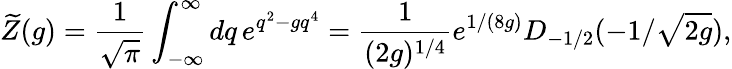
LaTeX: \widetilde Z(g)={\frac{1}{\sqrt{\pi}}}\int_{-\infty}^{\infty}dq\, e^{q^{2}-gq^{4}}={\frac{1}{(2g)^{1/4}}}e^{1/(8g)}D_{-1/2}(-1/\sqrt{2g}),